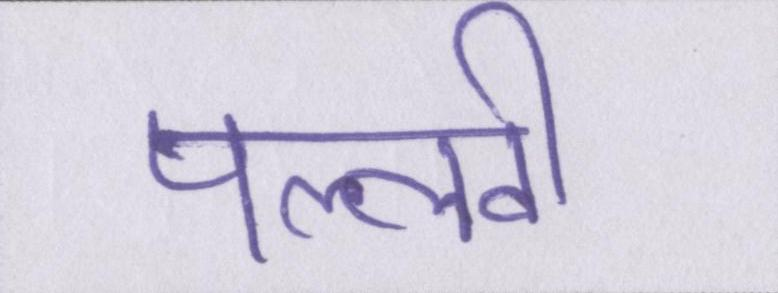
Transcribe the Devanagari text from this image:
पल्लवी